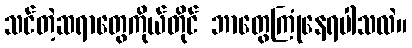
သင်တဲ့ဆရာတွေကိုယ်တိုင် ဘာတွေကြုံနေရပါသလဲ။